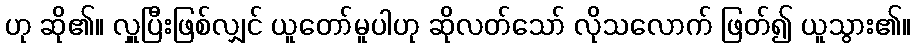
ဟု ဆို၏။ လှူပြီးဖြစ်လျှင် ယူတော်မူပါဟု ဆိုလတ်သော် လိုသလောက် ဖြတ်၍ ယူသွား၏။